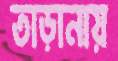
তাড়ানায়